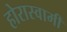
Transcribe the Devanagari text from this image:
होरास्वामीं